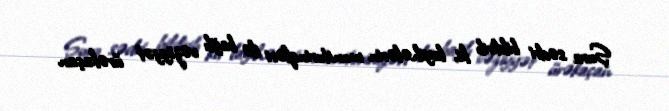
Şura sədri bildirib ki, layihələrin monitorinqləri ilə bağlı vəziyyət ürəkaçan